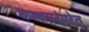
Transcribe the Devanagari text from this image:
कलापरंपरेत